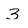
Character: 3